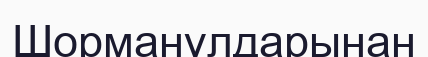
Шорманұлдарынан